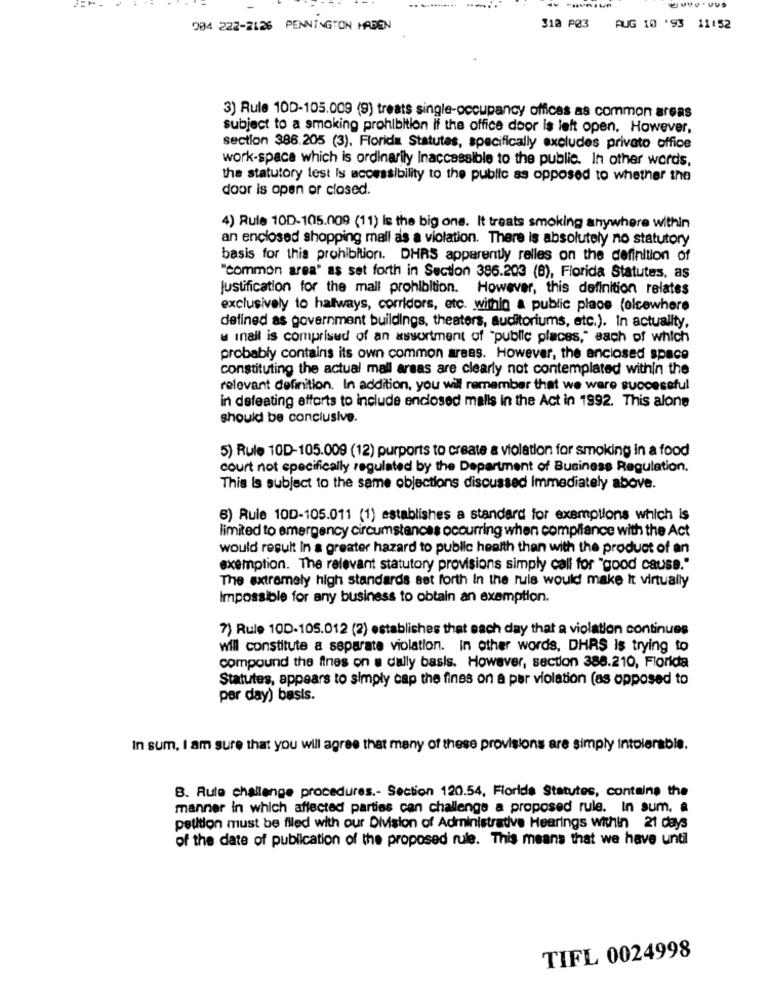
--...
004 222-2126 PENNINGTON HABEN
312 PØ3
AUG 10 '93 11:52
3) Rule 100-105.009 (9) treats single-occupancy offices as common areas
subject to a smoking prohibition if the office door is left open. However,
section 386.205 (3), Florida Statutes, specifically excludes privato office
work-space which is ordinarily Inaccessible to the public. In other words,
the statutory test Is accessibility to the public as opposed to whether the
door is open or closed.
4) Rule 10D-105.009 (11) is the big one. It treats smoking anywhere within
an enclosed shopping mall as a violation. There is absolutely no statutory
basis for this prohibitioni. DHRS apparently ralles on the definition of
"common area" as set forth in Section 386.203 (B), Florida Statutes, as
Justification for the mall prohibition. However, this definition relates
exclusively to halways, corridors, etc. within a public place (elcewhere
defined as government buildings, theaters, auditoriums, etc.). In actuality,
u inall is comprised of an assortment of "public places," sach of which
probably contains its own common areas. However, the enclosed space
constituting the actual mall areas are clearly not contemplated within the
relevant definition. In addition, you will remember that we were successful
in defeating efforts to include enclosed malls in the Act in 1992. This alone
should be conclusive.
5) Rule 10D-105.009 (12) purports to create a violation for smoking in a food
court not specifically regulated by the Department of Business Regulation.
This Is subject to the same objections discussed Immediately above.
6) Rule 10D-105.011 (1) establishes a standard for exemptions which is
limited to emergency circumstances occurring when compliance with the Act
would result In a greater hazard to public health than with the product of an
exemption. The relevant statutory provisions simply call for "good cause."
The extremely high standards set forth In the rule would make It virtually
Impossible for any business to obtain an exemption.
7) Rule 10D-105.012 (2) establishes that each day that a violation continues
will constitute a separate violation. In other words, DHRS Is trying to
compound the fines on a daily basis. However, section 388.210, Florida
Statutes, appears to simply cap the fines on a per violation (as opposed to
per day) basis.
In sum, I am sure that you will agree that many of these provisions are simply intolerable.
B. Rute challenge procedures .- Section 120.54, Florida Statutes, contains the
manner in which affected parties can challenge a proposed rule. In sum. a
petition must be filed with our Division of Administrative Hearings within 21 days
of the date of publication of the proposed rule. This means that we have until
TIFL 0024998